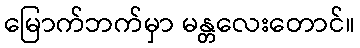
မြောက်ဘက်မှာ မန္တလေးတောင်။